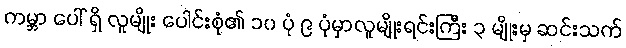
ကမ္ဘာ ပေါ် ရှိ လူမျိုး ပေါင်းစုံ၏ ၁၀ ပုံ ၉ ပုံမှာလူမျိုးရင်းကြီး ၃ မျိုးမှ ဆင်းသက်